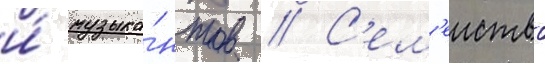
и́ музыка́нтов // С'ем'еиство